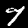
Label: 7